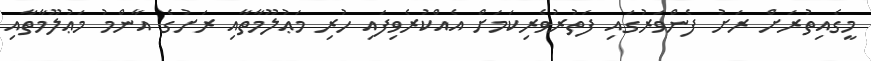
މީގެއިތުރަށް ރަށު ފެންވަރުގައި ފަތުރުވެރިކަމަށް އެއްކުރެވިފައި ހުރި މަޢުލޫމާތާއި ރަށުގެ އާންމު މަޢުލޫމާތާއި